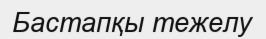
Бастапқы тежелу